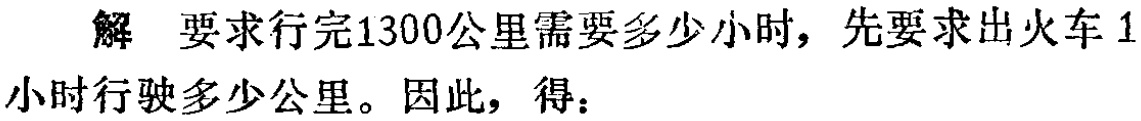
解 要求行完1300公里需要多少小时，先要求出火车1小时行驶多少公里。因此，得：